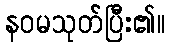
နဝမသုတ်ပြီး၏။